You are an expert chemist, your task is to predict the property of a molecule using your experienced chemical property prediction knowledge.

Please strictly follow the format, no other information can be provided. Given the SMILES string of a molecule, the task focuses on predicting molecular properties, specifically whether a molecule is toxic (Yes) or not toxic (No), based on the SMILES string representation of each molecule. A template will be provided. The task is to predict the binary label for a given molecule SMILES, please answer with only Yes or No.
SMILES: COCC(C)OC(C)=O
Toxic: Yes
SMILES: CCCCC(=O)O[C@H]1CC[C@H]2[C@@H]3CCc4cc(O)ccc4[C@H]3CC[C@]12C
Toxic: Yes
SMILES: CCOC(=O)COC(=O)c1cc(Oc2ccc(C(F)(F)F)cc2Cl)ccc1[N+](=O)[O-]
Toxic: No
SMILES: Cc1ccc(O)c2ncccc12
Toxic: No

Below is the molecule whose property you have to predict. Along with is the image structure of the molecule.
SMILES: CCC(C)(C)C1CCC(OC)CC1
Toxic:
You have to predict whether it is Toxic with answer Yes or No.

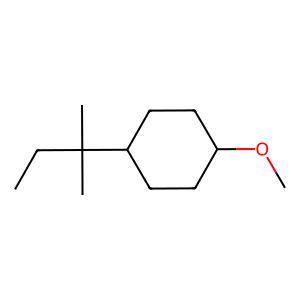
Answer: No